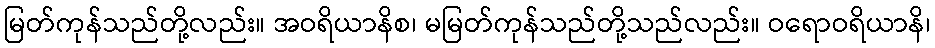
မြတ်ကုန်သည်တို့လည်း။ အဝရိယာနိစ၊ မမြတ်ကုန်သည်တို့သည်လည်း။ ဝရောဝရိယာနိ၊